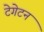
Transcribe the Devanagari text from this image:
टेगेटन